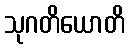
သုဂတိယောတိ